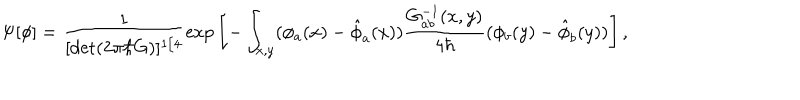
LaTeX: \Psi [ \phi ] = \frac { { 1 } } { [ \mathrm { \det } ( 2 \pi \hbar G ) ] ^ { 1 / 4 } } \mathrm { \exp } \left[ - \int _ { x , y } ( \phi _ { a } ( x ) - { \hat { \phi } } _ { a } ( x ) ) \frac { { G _ { a b } ^ { - 1 } ( x , y ) } } { 4 \hbar } ( \phi _ { b } ( y ) - { \hat { \phi } } _ { b } ( y ) ) \right] ,